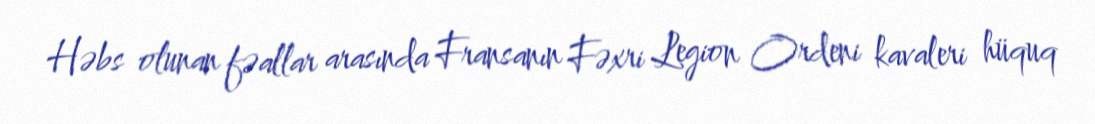
Həbs olunan fəallar arasında Fransanın Fəxri Legion Ordeni kavaleri hüquq